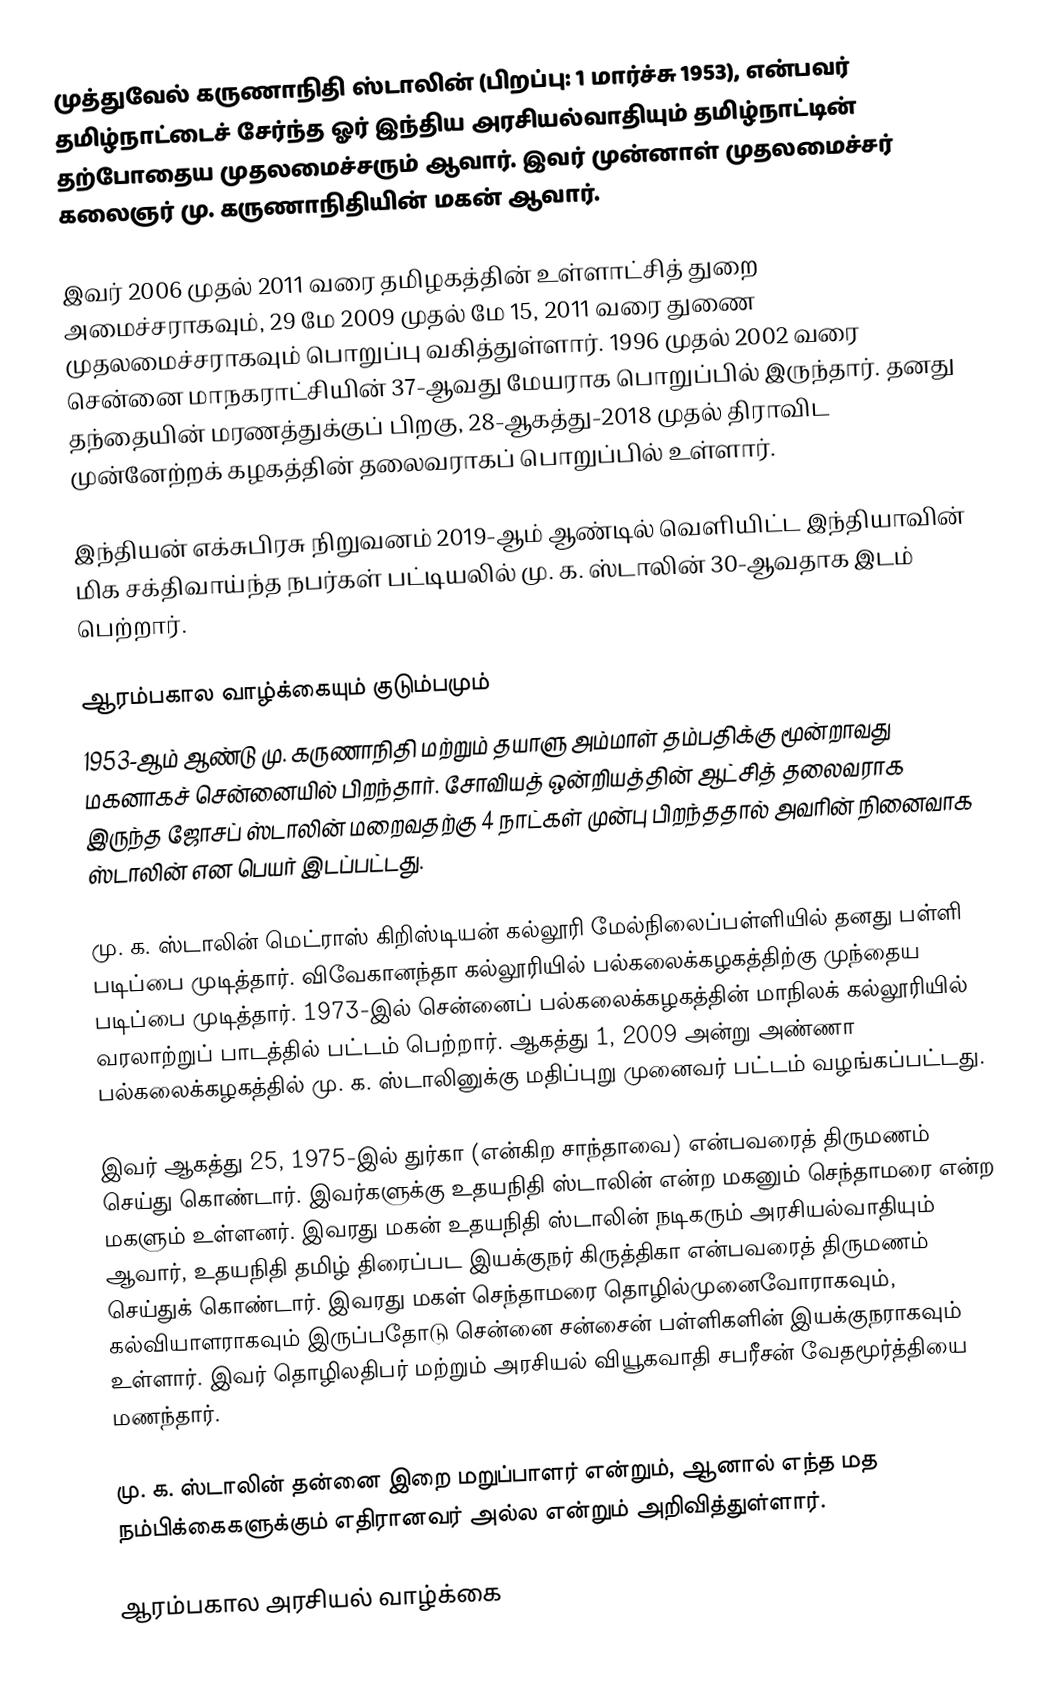
முத்துவேல் கருணாநிதி ஸ்டாலின் (பிறப்பு: 1 மார்ச்சு 1953), என்பவர் தமிழ்நாட்டைச் சேர்ந்த ஓர் இந்திய அரசியல்வாதியும் தமிழ்நாட்டின் தற்போதைய முதலமைச்சரும் ஆவார். இவர் முன்னாள் முதலமைச்சர் கலைஞர் மு. கருணாநிதியின் மகன் ஆவார்.

இவர் 2006 முதல் 2011 வரை தமிழகத்தின் உள்ளாட்சித் துறை அமைச்சராகவும், 29 மே 2009 முதல் மே 15, 2011 வரை துணை முதலமைச்சராகவும் பொறுப்பு வகித்துள்ளார். 1996 முதல் 2002 வரை சென்னை மாநகராட்சியின் 37-ஆவது மேயராக பொறுப்பில் இருந்தார். தனது தந்தையின் மரணத்துக்குப் பிறகு, 28-ஆகத்து-2018 முதல் திராவிட முன்னேற்றக் கழகத்தின் தலைவராகப் பொறுப்பில் உள்ளார்.

இந்தியன் எக்சுபிரசு நிறுவனம் 2019-ஆம் ஆண்டில் வெளியிட்ட இந்தியாவின் மிக சக்திவாய்ந்த நபர்கள் பட்டியலில் மு. க. ஸ்டாலின் 30-ஆவதாக இடம் பெற்றார்.

ஆரம்பகால வாழ்க்கையும் குடும்பமும்
1953-ஆம் ஆண்டு மு. கருணாநிதி மற்றும் தயாளு அம்மாள் தம்பதிக்கு மூன்றாவது மகனாகச் சென்னையில் பிறந்தார். சோவியத் ஒன்றியத்தின் ஆட்சித் தலைவராக இருந்த ஜோசப் ஸ்டாலின் மறைவதற்கு 4 நாட்கள் முன்பு பிறந்ததால் அவரின் நினைவாக ஸ்டாலின் என பெயர் இடப்பட்டது.

மு. க. ஸ்டாலின் மெட்ராஸ் கிறிஸ்டியன் கல்லூரி மேல்நிலைப்பள்ளியில் தனது பள்ளி படிப்பை முடித்தார். விவேகானந்தா கல்லூரியில் பல்கலைக்கழகத்திற்கு முந்தைய படிப்பை முடித்தார். 1973-இல் சென்னைப் பல்கலைக்கழகத்தின் மாநிலக் கல்லூரியில் வரலாற்றுப் பாடத்தில் பட்டம் பெற்றார். ஆகத்து 1, 2009 அன்று அண்ணா பல்கலைக்கழகத்தில் மு. க. ஸ்டாலினுக்கு மதிப்புறு முனைவர் பட்டம் வழங்கப்பட்டது.

இவர் ஆகத்து 25, 1975-இல் துர்கா (என்கிற சாந்தாவை) என்பவரைத் திருமணம் செய்து கொண்டார். இவர்களுக்கு உதயநிதி ஸ்டாலின் என்ற மகனும் செந்தாமரை என்ற மகளும் உள்ளனர். இவரது மகன் உதயநிதி ஸ்டாலின் நடிகரும் அரசியல்வாதியும் ஆவார், உதயநிதி தமிழ் திரைப்பட இயக்குநர் கிருத்திகா என்பவரைத் திருமணம் செய்துக் கொண்டார். இவரது மகள் செந்தாமரை தொழில்முனைவோராகவும், கல்வியாளராகவும் இருப்பதோடு சென்னை சன்சைன் பள்ளிகளின் இயக்குநராகவும் உள்ளார். இவர் தொழிலதிபர் மற்றும் அரசியல் வியூகவாதி சபரீசன் வேதமூர்த்தியை மணந்தார்.

மு. க. ஸ்டாலின் தன்னை இறை மறுப்பாளர் என்றும், ஆனால் எந்த மத நம்பிக்கைகளுக்கும் எதிரானவர் அல்ல என்றும் அறிவித்துள்ளார்.

ஆரம்பகால அரசியல் வாழ்க்கை